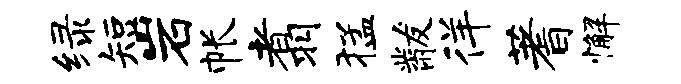
绿短岩帐翥猛黻徉蓍懈